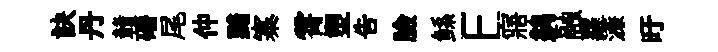
訣丹贛磻尾仲黯寨霄塑吿臉鲧E寤鹢融蘿濓旴